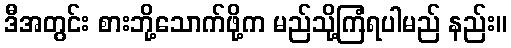
ဒီအတွင်း စားဘို့သောက်ဖို့က မည်သို့ကြံရပါမည် နည်း။